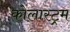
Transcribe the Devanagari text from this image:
कोलास्ट्रम